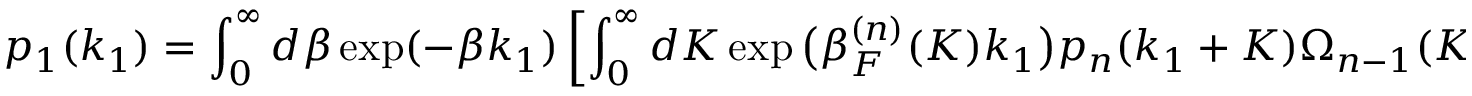
p _ { 1 } ( k _ { 1 } ) = \int _ { 0 } ^ { \infty } d \beta \exp ( - \beta k _ { 1 } ) \left[ \int _ { 0 } ^ { \infty } d K \exp \big ( \beta _ { F } ^ { ( n ) } ( K ) k _ { 1 } \big ) p _ { n } ( k _ { 1 } + K ) \Omega _ { n - 1 } ( K ) \delta \big ( \beta - \beta _ { F } ^ { ( n ) } ( K ) \big ) \right]